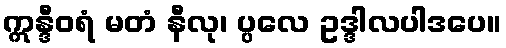
ဣန္ဒီဝရံ မတံ နီလု၊ ပ္ပလေ ဥဒ္ဒါလပါဒပေ။